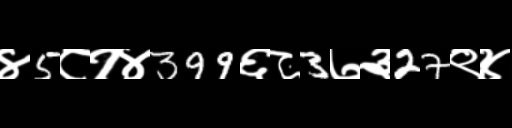
Text: ४5८१४399६८3७३27९४